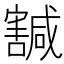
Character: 𡫴